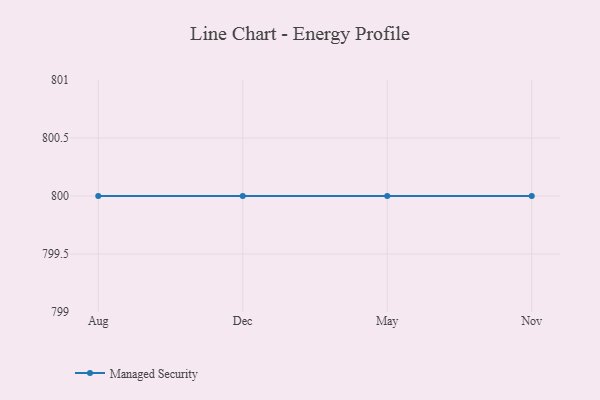
{"axis": {"x": "Month", "y": "Page Views"}, "legend": ["Managed Security"], "data": [{"x": "Aug", "y": 800, "type": "Managed Security"}, {"x": "Dec", "y": 800, "type": "Managed Security"}, {"x": "May", "y": 800, "type": "Managed Security"}, {"x": "Nov", "y": 800, "type": "Managed Security"}]}